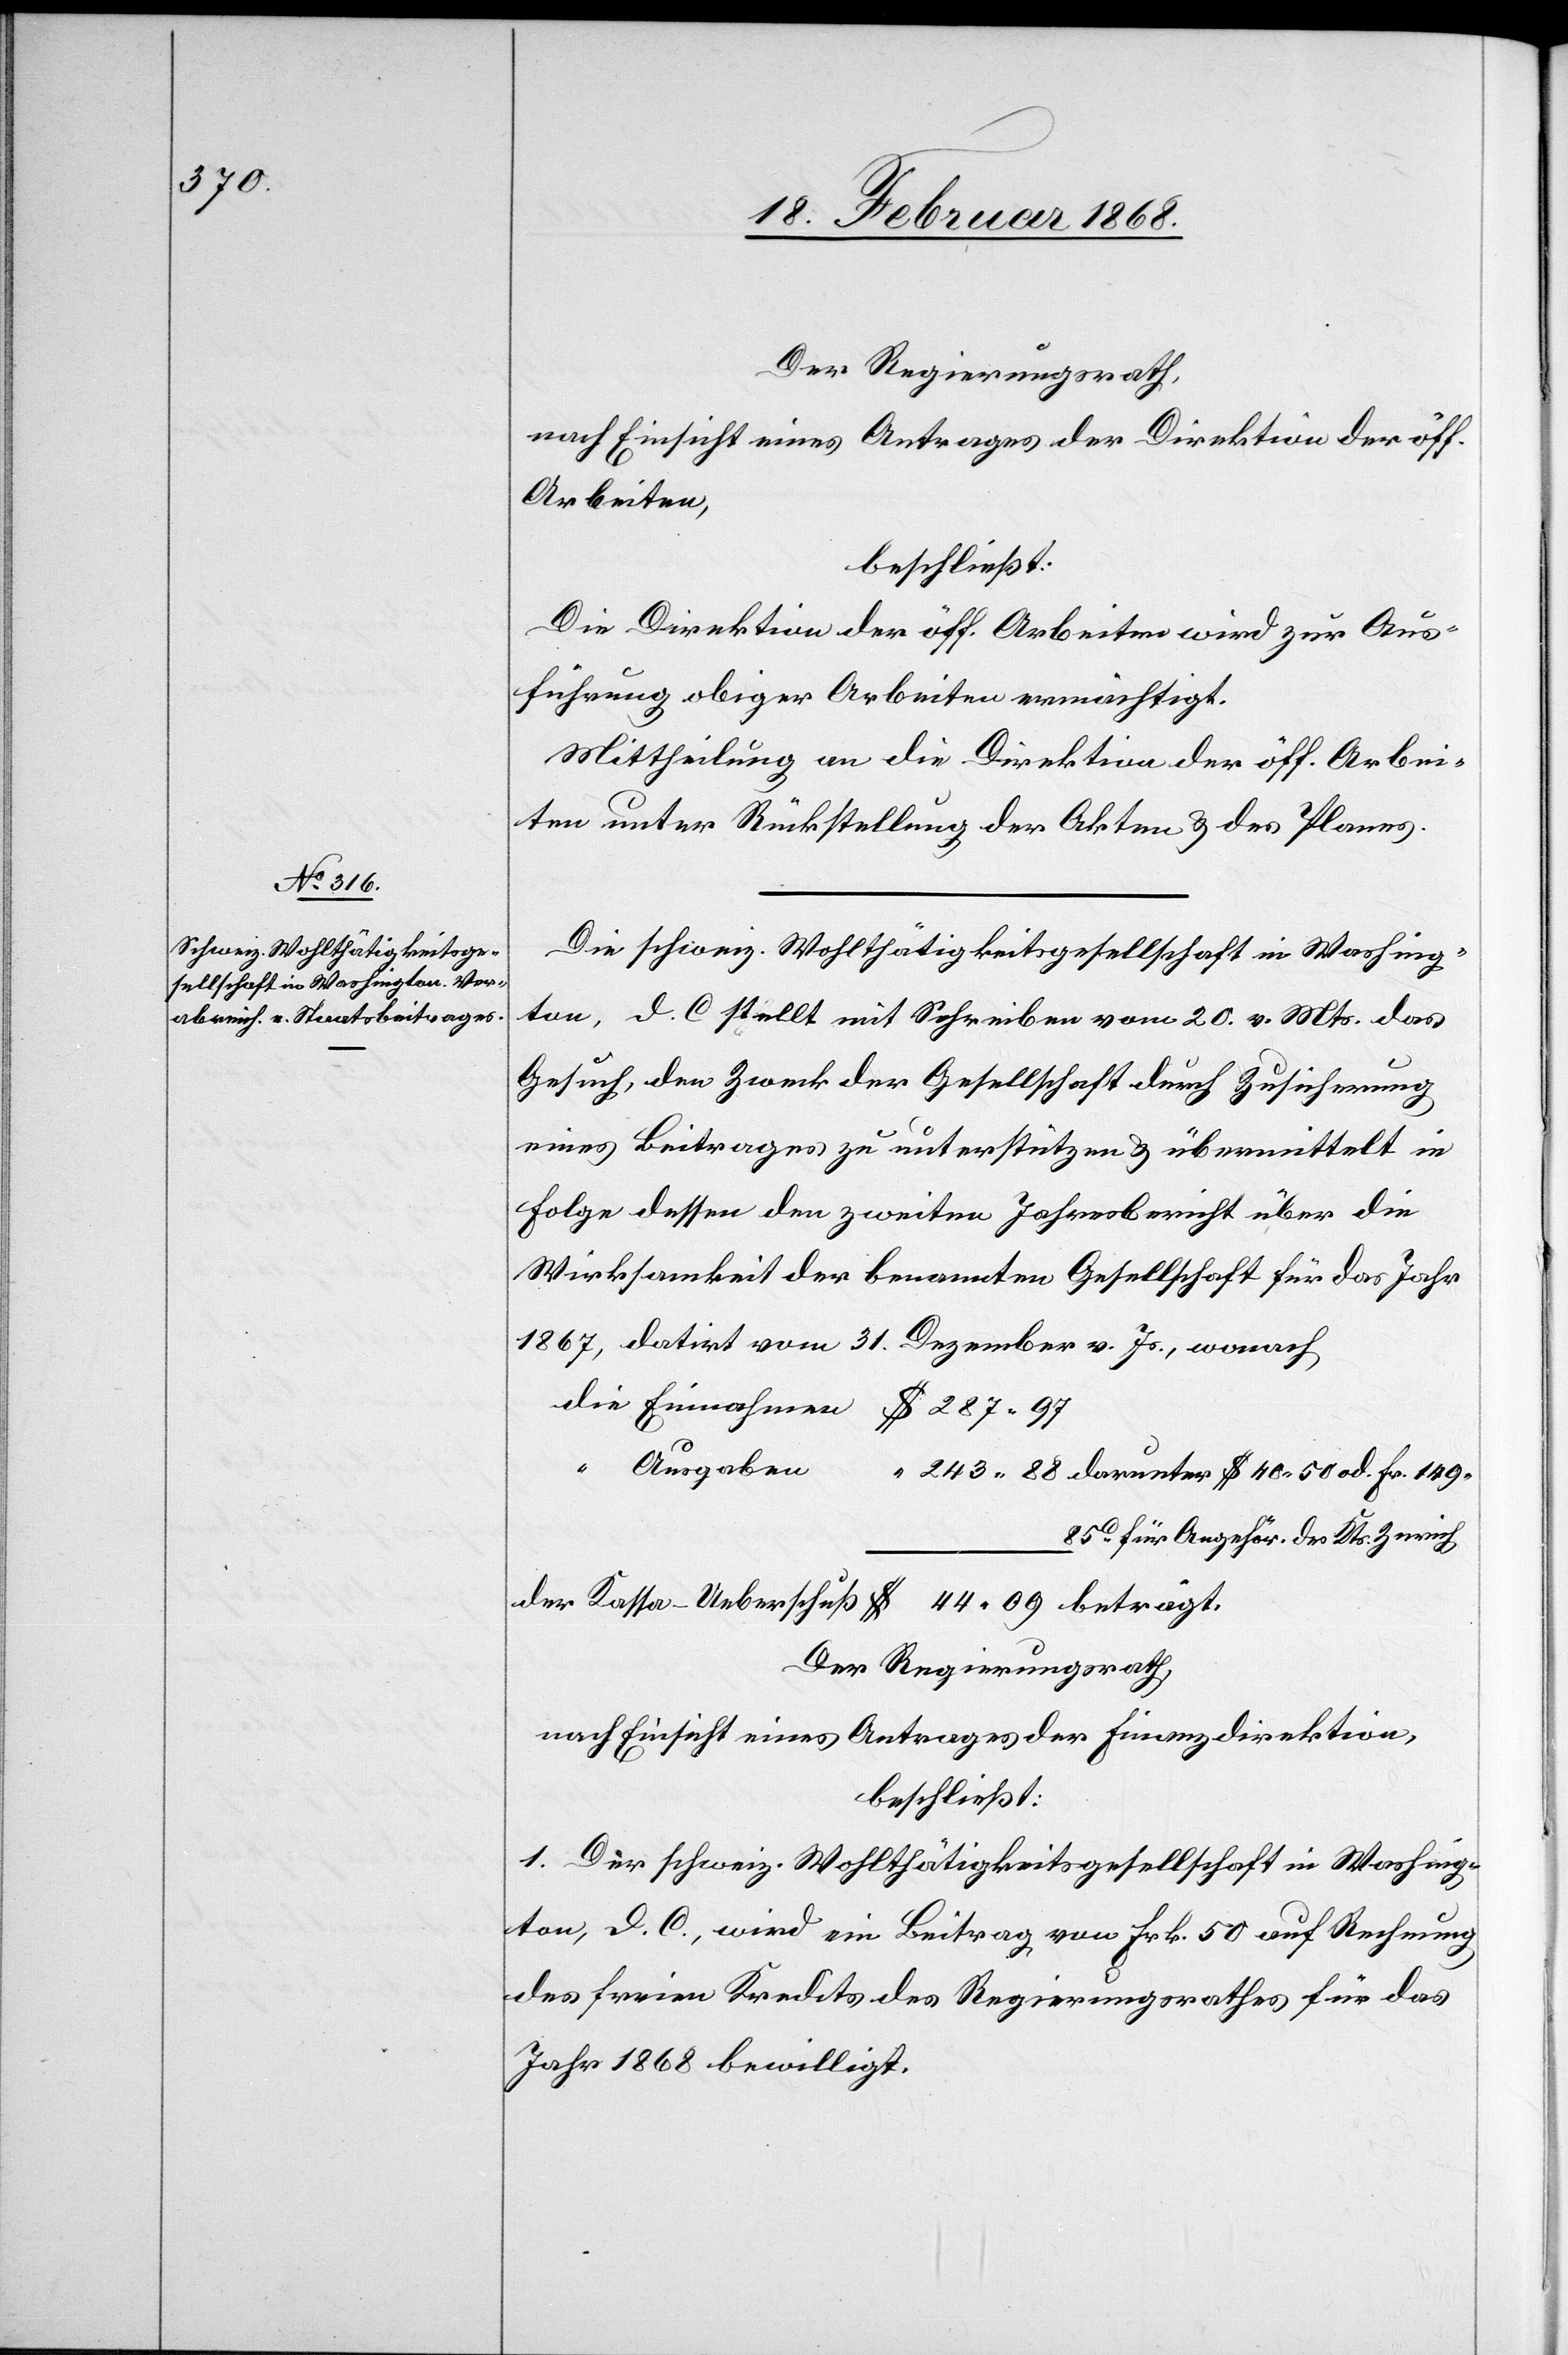
$ 44.

Der Regierungsrath,
nach Einsicht eines Antrages der Direktion der öff.
Arbeiten,
beschließt:
Die Direktion der öff. Arbeiten wird zur Aus¬
führung obiger Arbeiten ermächtigt.
Mittheilung an die Direktion der öff. Arbei¬
ten unter Rückstellung der Akten & des Planes.
Die schweiz. Wohlthätigkeitsgesellschaft in Washing¬
ton, D. C. stellt mit Schreiben vom 20. v. Mts. das
Gesuch, den Zweck der Gesellschaft durch Zusicherung
eines Beitrages zu unterstützen & übermittelt in
Folge dessen den zweiten Jahresbericht über die
Wirksamkeit der benannten Gesellschaft für das Jahr
1867, datirt vom 31. Dezember v. Js., wonach
Fr.
Ausgaben
85C. für Angehör. des Kts. Zürich
Der Regierungsrath,
nach Einsicht eines Antrages der Finanzdirektion,
beschließt:
1. Der schweiz. Wohlthätigkeitsgesellschaft in Washing¬
ton, D. C., wird ein Beitrag von Frk. 50 auf Rechnung
des freien Kredits des Regierungsrathes für das
Jahr 1868 bewilligt.